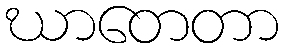
ဃာတေတာ